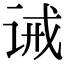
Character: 诫